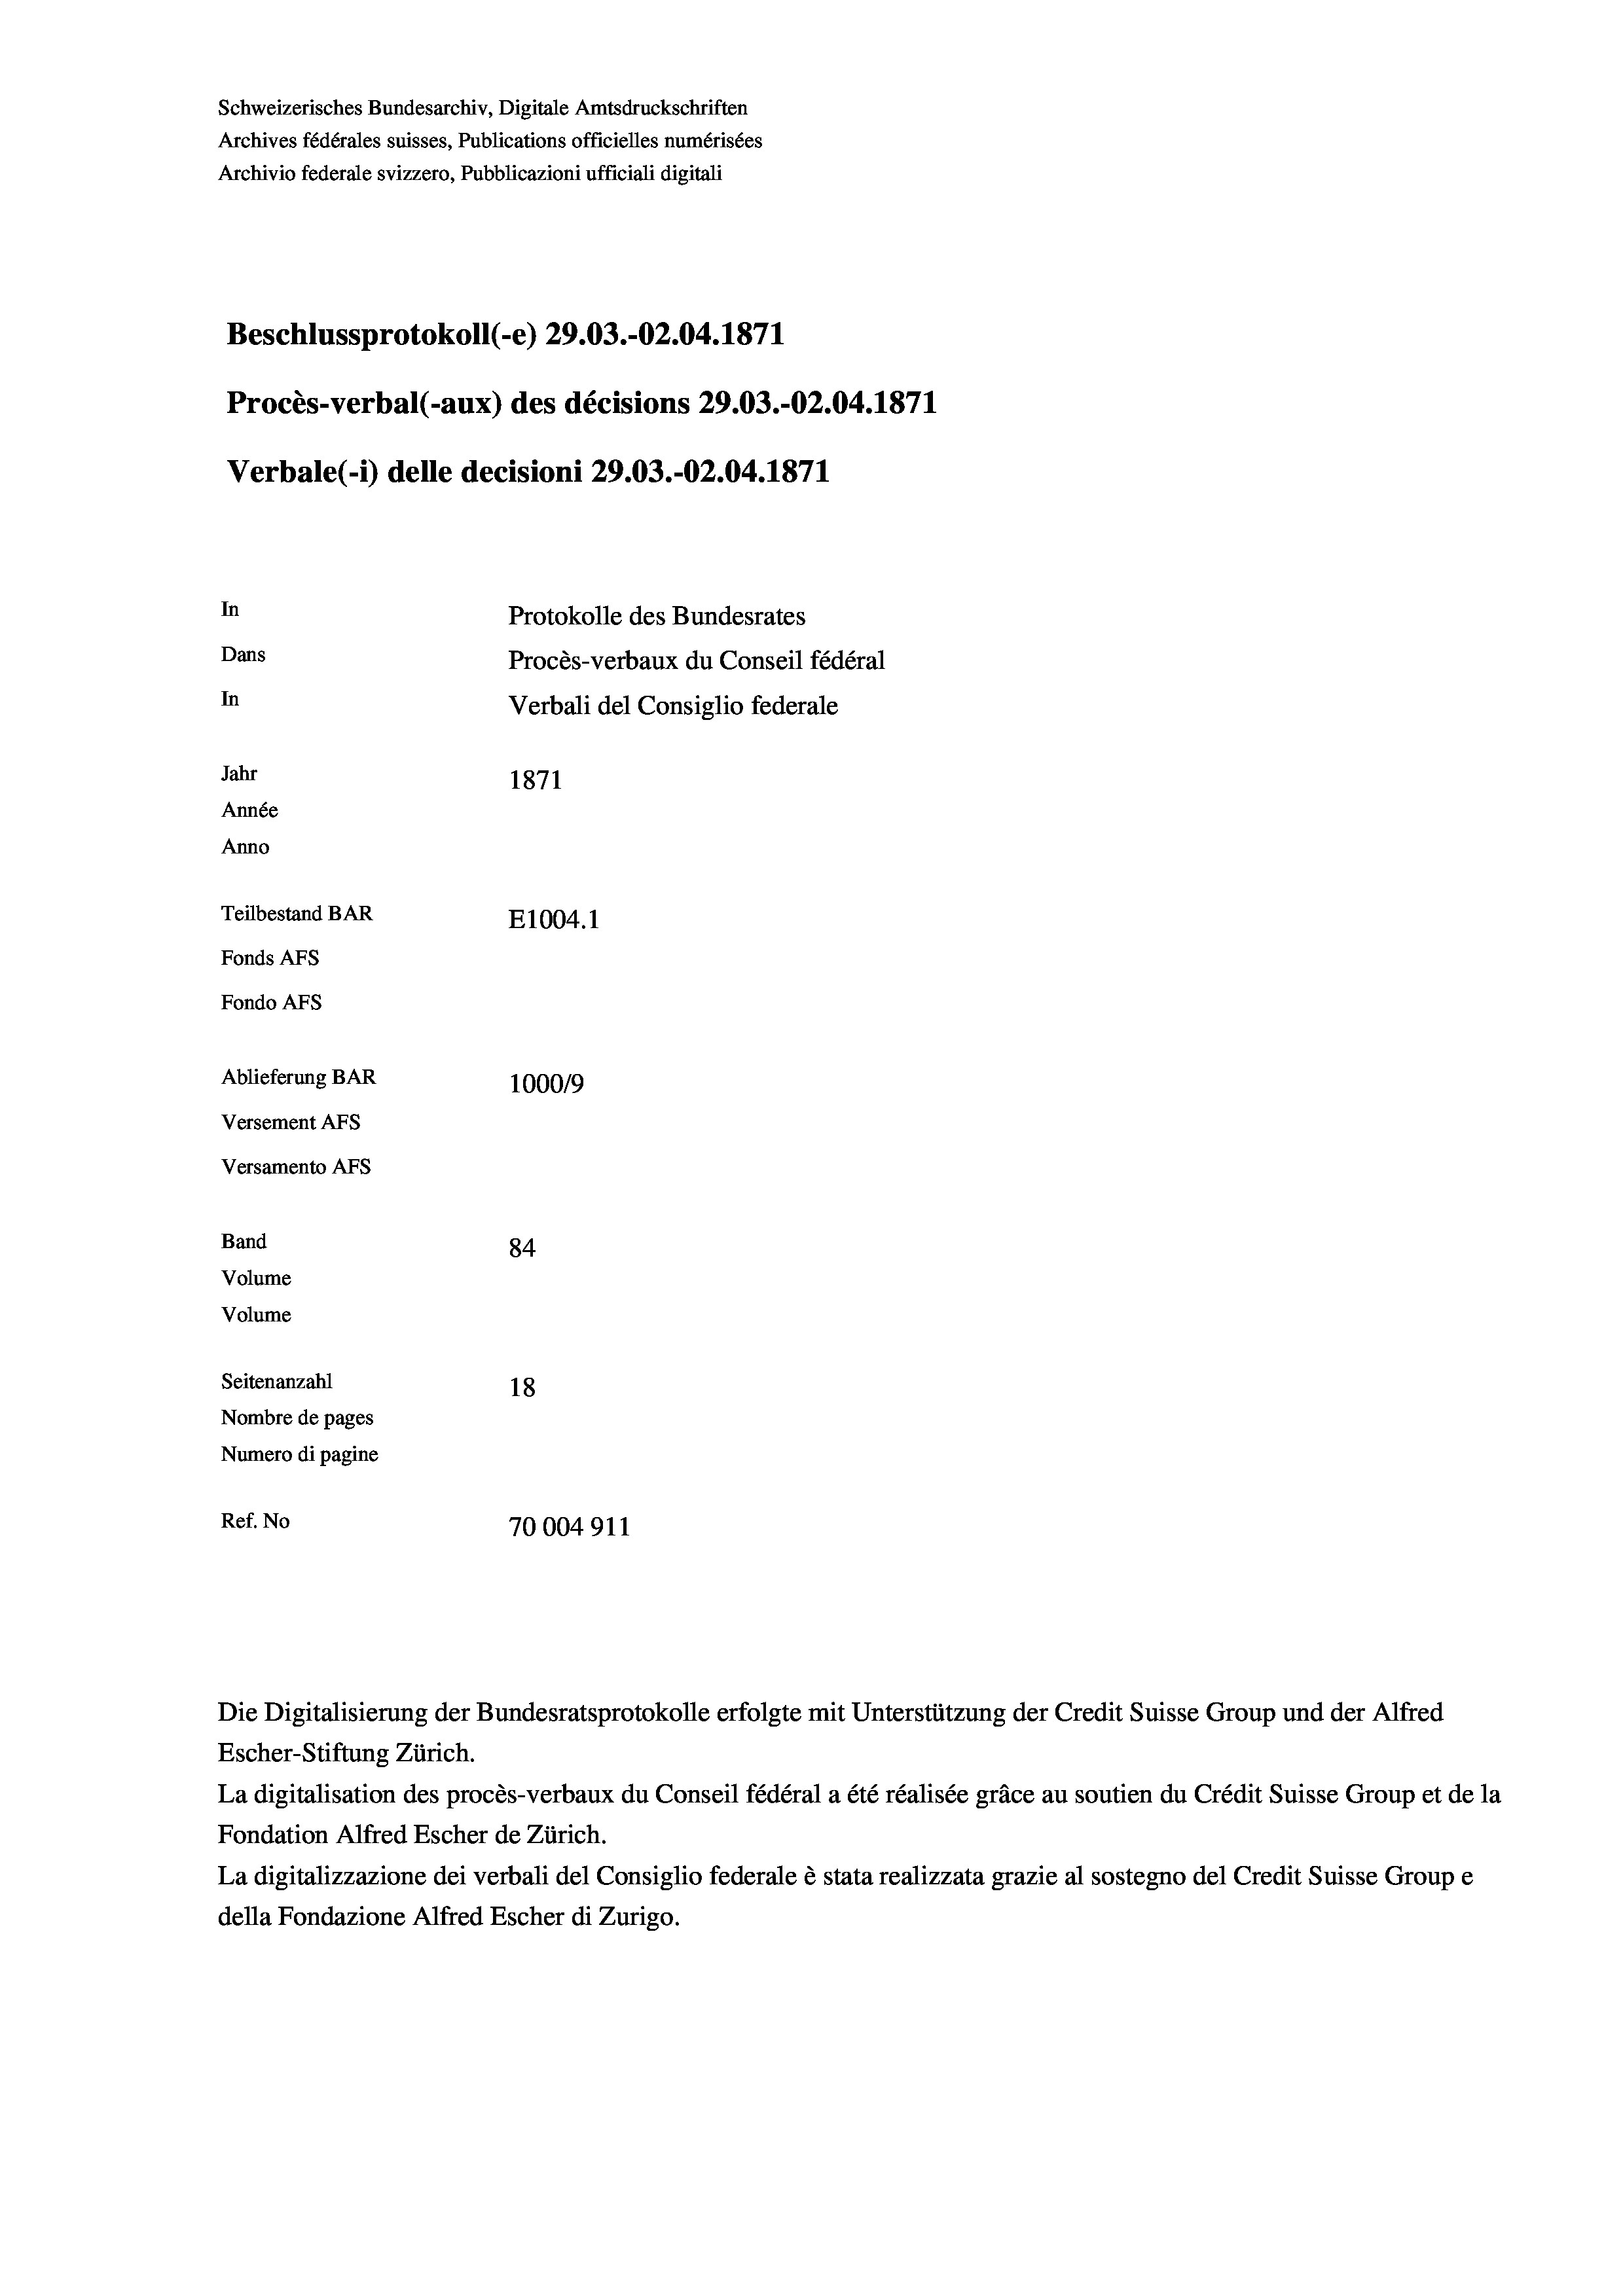
Schweizerisches Bundesarchiv, Digitale Amtsdruckschriften
Archives fédérales suisses, Publications officielles numérisées
Archivio federale svizzero, Pubblicazioni ufficiali digitali
Beschlussprotokoll (-e) 29.03.-02.04. 1871
Procès-verbal (-aux) des décisions 29.03.-O2.04. 1871
Verbale(*) delle decisioni 29.03.-02.04. 1871
In
Protokolle des Bundesrates
Dans
Procès-verbaux du Conseil fédéral
In
Verbali del Consiglio federale
Jahr
1871
Année
Anno
Teilbestand BAR
E1004. 1
Fonds AFs
Fondo AFs
Ablieferung BAR
100019
Versement AFs
Versamento Afs
Band
84
Volume
Volume
Seitenanzahl
18
Nombre de pages
Numero di pagine
Ref. No
70004911

Escher-Stiftung Zürich.
La digitalisation des procès-verbaux du Conseil fédéral a été réalisée gräce au soutien du Crédit Suisse Group et de la
Fondation Alfred Escher de Zürich.
La digitalizzazione dei verbali del Consiglio federale è stata realizzata grazie al sostegno del Credit Suisse Groupe
della Fondazione Alfred Escher di Zurigo.

Die Digitalisierung der Bundesratsprotokolle erfolgte mit Unterstützung der Credit Suisse Group und der Alfred